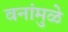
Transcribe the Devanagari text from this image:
वनांमुळे